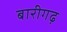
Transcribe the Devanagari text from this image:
बारीगढ़